Leaving Certificate Examination (including Day School Certificate (Higher) General paper), 1930
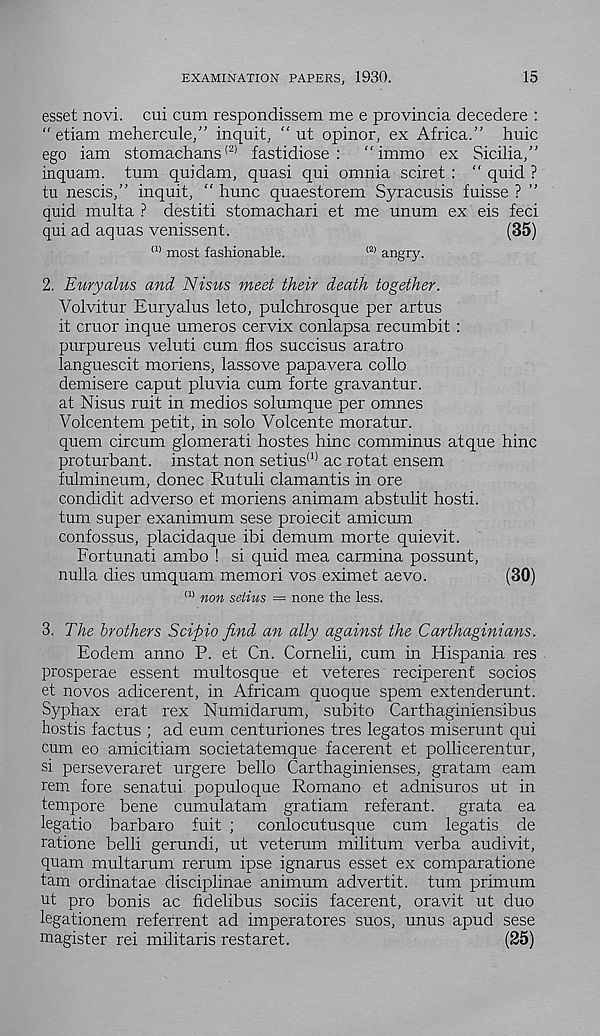
EXAMINATION PAPERS, 1930.
15
esset novi. cui cum respondissem me e provincia decedere :
" etiam rnehercule,” inquit, " ut opinor, ex Africa.” huic
ego iam stomachans (2) fastidiose : "immo ex Sicilia,”
inquam. turn quidam, quasi qui omnia sciret : ” quid ?
tu nescis,” inquit, “ hunc quaestorem Syracusis fuisse ? ”
quid multa ? destiti stomachari et me unum ex eis feci
qui ad aquas venissent.
(35)
(1> most fashionable.
<2) angry.
2. Euryalus and Nisus meet their death together.
Volvitur Euryalus leto, pulchrosque per artus
it cruor inque umeros cervix conlapsa recumbit :
purpureus veluti cum flos succisus aratro
languescit moriens, lassove papavera collo
demisere caput pluvia cum forte gravantur.
at Nisus ruit in medios solumque per omnes
Volcentem petit, in solo Volcente moratur.
quern circum glomerati hostes hinc comminus atque hinc
proturbant. instat non setius (1) ac rotat ensem
fulmineum, donee Rutuli clamantis in ore
condidit ad verso et moriens animam abstulit hosti.
turn super exanimum sese proiecit amicum
confossus, placidaque ibi demum morte quievit.
Fortunati ambo ! si quid mea carmina possunt,
nulla dies umquam memori vos eximet aevo.
(30)
a) non setius = none the less.
3. The brothers Scipio find an ally against the Carthaginians.
Eodem anno P. et Cn. Cornelii, cum in Hispania res
prosperae essent multosque et veteres reciperent socios
et novos adicerent, in Africam quoque spem extenderunt.
Syphax erat rex Numidarum, subito Carthaginiensibus
hostis factus ; ad eum centuriones tres legates miserunt qui
cum eo amicitiam societatemque facerent et pollicerentur,
si perseveraret urgere bello Carthaginienses, gratam earn
rem fore senatui populoque Romano et adnisuros ut in
tempore bene cumulatam gratiam referant. grata ea
legatio barbaro fuit ; conlocutusque cum legatis de
ratione belli gerundi, ut veterum militum verba audivit,
quam multarum rerum ipse ignarus esset ex comparatione
tarn ordinatae disciplinae animum advertit. turn primum
ut pro bonis ac fidelibus sociis facerent, oravit ut duo
legationem referrent ad imperatores suos, unus apud sese
magister rei militaris restaret.
(25)